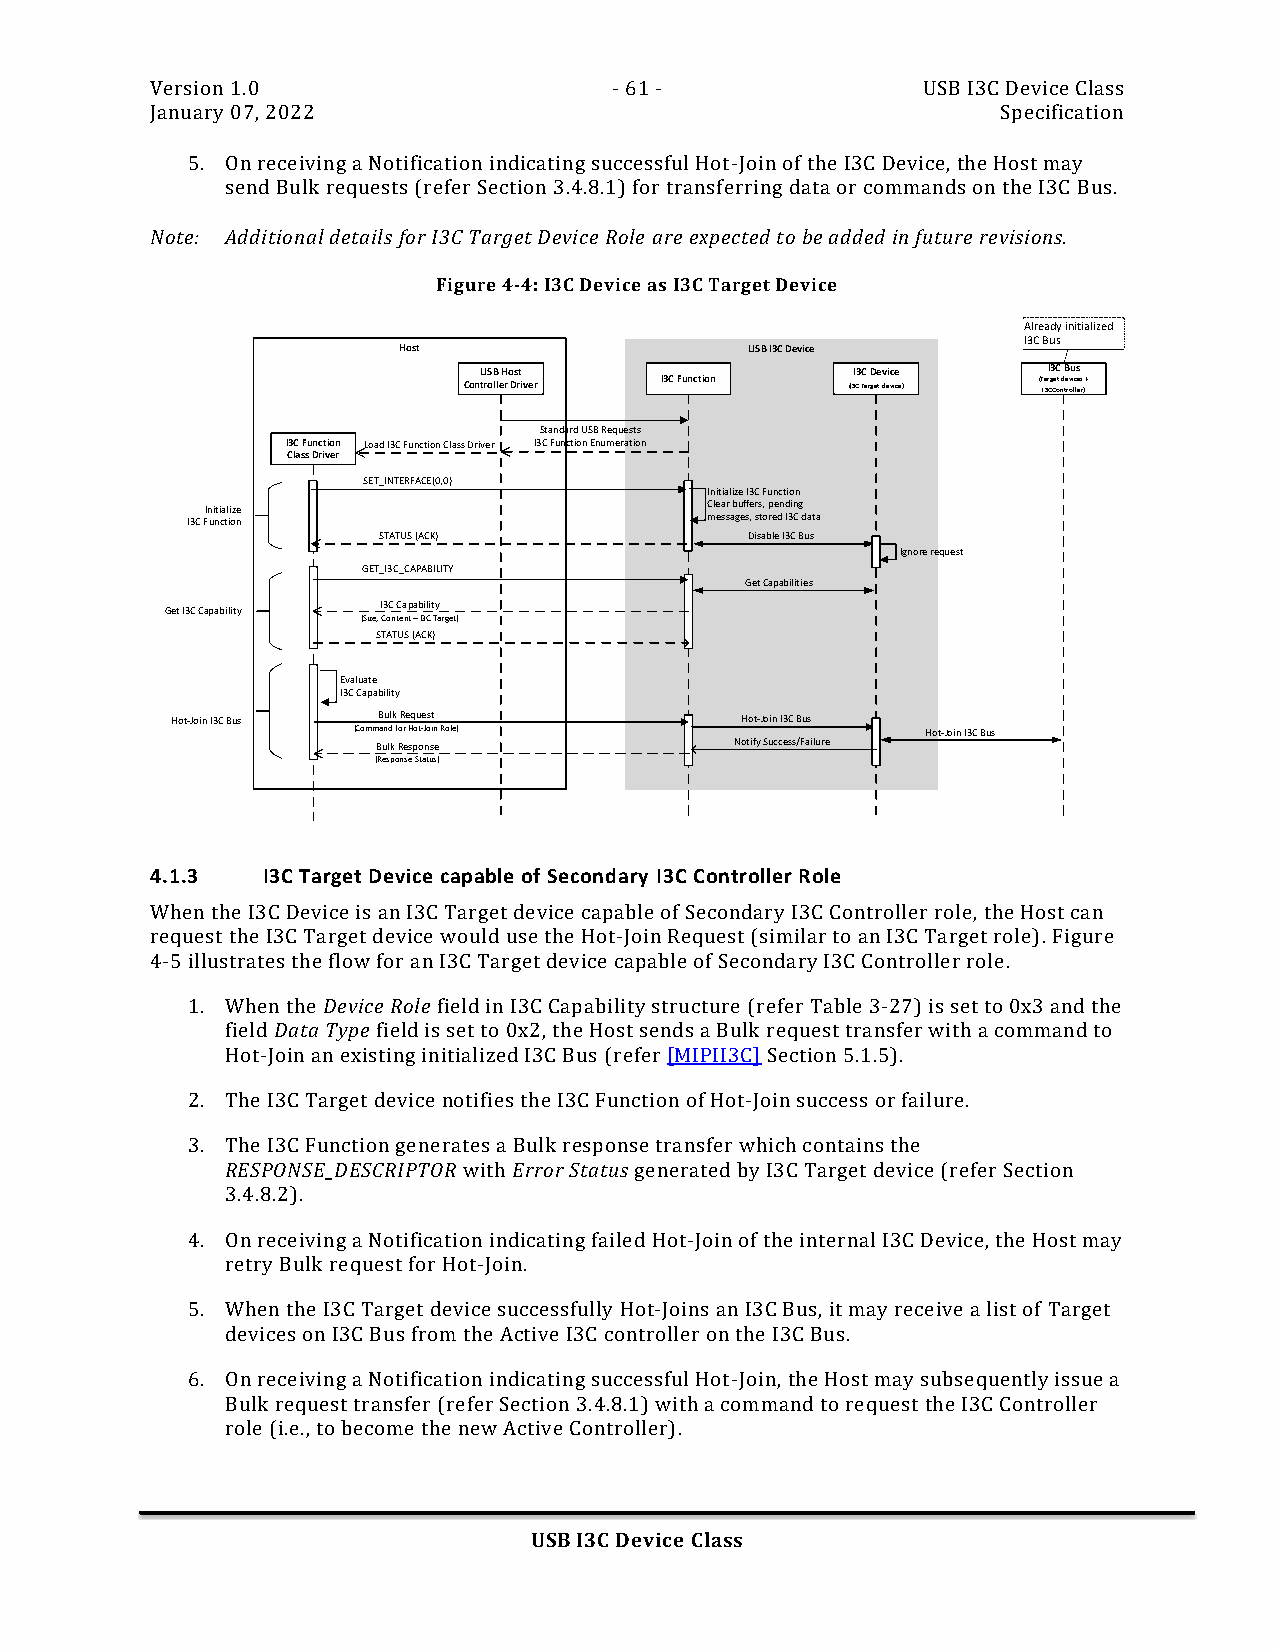
Version 1.0                    - 61 -              USB I3C Device Class
 January 07, 2022                                        Specification
 5. On receiving a Notification indicating successful Hot-Join of the I3C Device, the Host may
 send Bulk requests (refer Section 3.4.8.1) for transferring data or commands on the I3C Bus.
 Note: Additional details for I3C Target Device Role are expected to be added in future revisions.
 Figure 4-4: I3C Device as I3C Target Device
 Already initialized
 I3C Bus
 Host                    USB I3C Device
 USB Host                I3C Device   I3C Bus
 Controller Driver I3C Function (I3C Target device) (T I3a Crg Ce ot nd te rv oi lc lees r) +
 Standard USB Requests
 I3C Function Load I3C Function Class Driver I3C Function Enumeration
 Class Driver
 SET_INTERFACE(0,0)
 Initialize I3C Function
 Initialize                       Clear buffers, pending
 I3C Function                       messages, stored I3C data
 STATUS (ACK)             Disable I3C Bus
 Ignore request
 GET_I3C_CAPABILITY
 Get Capabilities
 I3C Capability
 Get I3C Capability
 (Size, Content – I3C Target)
 STATUS (ACK)
 Evaluate
 I3C Capability
 Hot-Join I3C Bus Bulk Request         Hot-Join I3C Bus
 (Command for Hot-Join Role)           Hot-Join I3C Bus
 Bulk Response           Notify Success/Failure
 (Response Status)
 4.1.3  I3C Target Device capable of Secondary I3C Controller Role
 When the I3C Device is an I3C Target device capable of Secondary I3C Controller role, the Host can
 request the I3C Target device would use the Hot-Join Request (similar to an I3C Target role). Figure
 4-5 illustrates the flow for an I3C Target device capable of Secondary I3C Controller role.
 1. When the Device Role field in I3C Capability structure (refer Table 3-27) is set to 0x3 and the
 field Data Type field is set to 0x2, the Host sends a Bulk request transfer with a command to
 Hot-Join an existing initialized I3C Bus (refer [MIPII3C] Section 5.1.5).
 2. The I3C Target device notifies the I3C Function of Hot-Join success or failure.
 3. The I3C Function generates a Bulk response transfer which contains the
 RESPONSE_DESCRIPTOR with Error Status generated by I3C Target device (refer Section
 3.4.8.2).
 4. On receiving a Notification indicating failed Hot-Join of the internal I3C Device, the Host may
 retry Bulk request for Hot-Join.
 5. When the I3C Target device successfully Hot-Joins an I3C Bus, it may receive a list of Target
 devices on I3C Bus from the Active I3C controller on the I3C Bus.
 6. On receiving a Notification indicating successful Hot-Join, the Host may subsequently issue a
 Bulk request transfer (refer Section 3.4.8.1) with a command to request the I3C Controller
 role (i.e., to become the new Active Controller).
 USB I3C Device Class